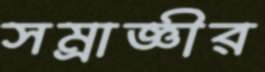
সম্রাজ্ঞীর